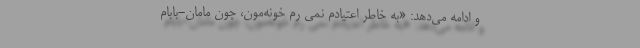
و ادامه می‌دهد: «‌به خاطر اعتیادم نمی رم خونه‌مون، چون مامان-بابام